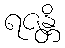
ရဇန္တိ